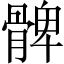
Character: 髀